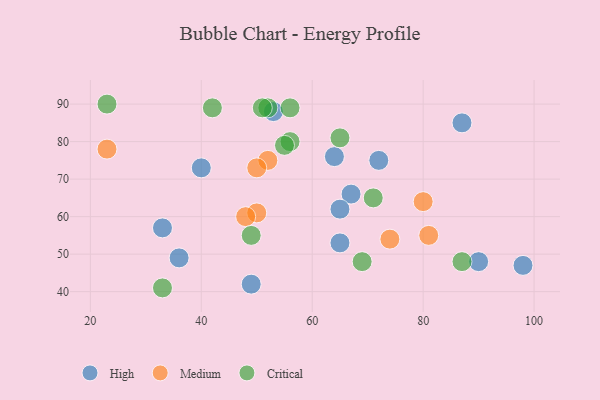
{"axis": {"x": "GDP", "y": "Life Expectancy"}, "legend": ["Critical", "High", "Medium"], "data": [{"x": "87", "y": 85, "type": "High"}, {"x": "49", "y": 42, "type": "High"}, {"x": "40", "y": 73, "type": "High"}, {"x": "67", "y": 66, "type": "High"}, {"x": "64", "y": 76, "type": "High"}, {"x": "90", "y": 48, "type": "High"}, {"x": "98", "y": 47, "type": "High"}, {"x": "65", "y": 53, "type": "High"}, {"x": "36", "y": 49, "type": "High"}, {"x": "33", "y": 57, "type": "High"}, {"x": "65", "y": 62, "type": "High"}, {"x": "53", "y": 88, "type": "High"}, {"x": "72", "y": 75, "type": "High"}, {"x": "52", "y": 75, "type": "Medium"}, {"x": "50", "y": 61, "type": "Medium"}, {"x": "23", "y": 78, "type": "Medium"}, {"x": "81", "y": 55, "type": "Medium"}, {"x": "80", "y": 64, "type": "Medium"}, {"x": "50", "y": 73, "type": "Medium"}, {"x": "48", "y": 60, "type": "Medium"}, {"x": "74", "y": 54, "type": "Medium"}, {"x": "87", "y": 48, "type": "Critical"}, {"x": "52", "y": 89, "type": "Critical"}, {"x": "51", "y": 89, "type": "Critical"}, {"x": "49", "y": 55, "type": "Critical"}, {"x": "56", "y": 80, "type": "Critical"}, {"x": "71", "y": 65, "type": "Critical"}, {"x": "23", "y": 90, "type": "Critical"}, {"x": "69", "y": 48, "type": "Critical"}, {"x": "42", "y": 89, "type": "Critical"}, {"x": "65", "y": 81, "type": "Critical"}, {"x": "33", "y": 41, "type": "Critical"}, {"x": "55", "y": 79, "type": "Critical"}, {"x": "56", "y": 89, "type": "Critical"}]}